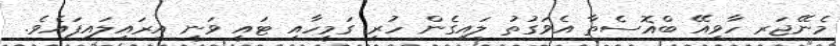
މެނޭޖަރ ހާވިއޭ ބްޣޮސެތާ އެވަގުތު ލައިގެން ހުރި ގަމީހާއި ޓައީ ވަނީ އިރައިލައިފައެވެ.